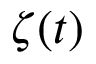
\zeta ( t )